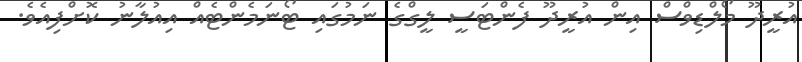
އުރީދޫ މޯލްޑިވްސް އިން އުރީދޫ ފެންޓަސީ ލީގްގެ ނަމުގައި ޓޯނަމެންޓެއް އިއުލާނު ކޮށްފިއެވެ.